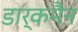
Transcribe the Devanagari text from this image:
डार्कमैन